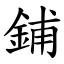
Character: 鋪